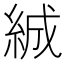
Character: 絾